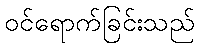
ဝင်ရောက်ခြင်းသည်